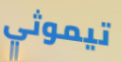
تيموثي